Civil Veterinary Dept. Bombay admin report 1932-41 - 1932-1941
Year: 1932
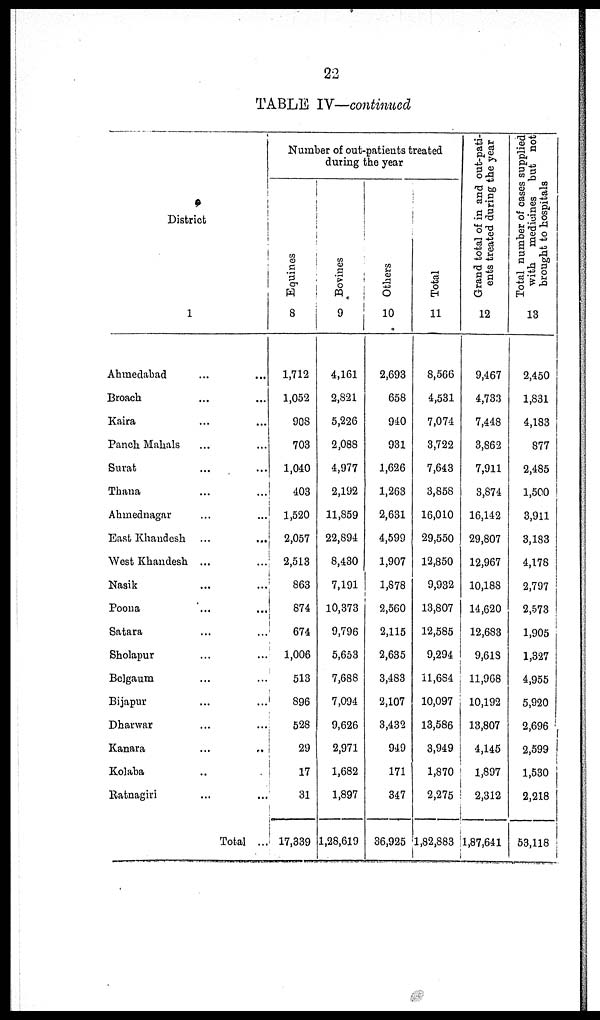
22
TABLE IV—continued
District
1
Ahmedabad ... ...
Broach ... ...
Kaira ... ...
Panch Mahals ... ...
Surat ... ...
Thana ... ...
Ahmednagar ... ...
East Khandesh ... ...
West Khandesh ... ...
Nasik ... ...
Poona ... ...
Satara ... ...
Sholapur ... ...
Belgaum ... ...
Bijapur ... ...
Dharwar ... ...
Kanara ... ...
Kolaba ... ...
Ratnagiri ... ...
Total ..
Number of out-patients treated
during the year
Equines
8
1,712
1,052
908
703
1,040
403
1,520
2,057
2,513
863
874
674
1,006
513
896
528
29
17
31
17,339
Bovines
9
4,161
2,821
5,226
2,088
4,977
2,192
11,859
22,894
8,430
7,191
10,373
9,796
5,653
7,688
7,094
9,626
2,971
1,682
1,897
1,28,619
Others
10
2,693
658
940
931
1,626
1,263
2,631
4,599
1,907
1,878
2,560
2,115
2,635
3,483
2,107
3,432
949
171
347
36,925
Total
11
8,566
4,531
7,074
3,722
7,643
3,858
16,010
29,550
12,850
9,932
13,807
12,585
9,294
11,684
10,097
13,586
3,949
1,870
2,275
1,82,883
Grand total of in and out-pati-
ents treated during the year
12
9,467
4,733
7,448
3,862
7,911
3,874
16,142
29,807
12,967
10,188
14,620
12,683
9,618
11,968
10,192
13,807
4,145
1,897
2,312
1,87,641
Total number of cases supplied
with medicines but not
brought to hospitals
13
2,450
1,831
4,183
877
2,485
1,500
3,911
3,183
4,178
2,797
2,573
1,905
1,327
4,955
5,920
2,696
2,599
1,530
2,218
53,118